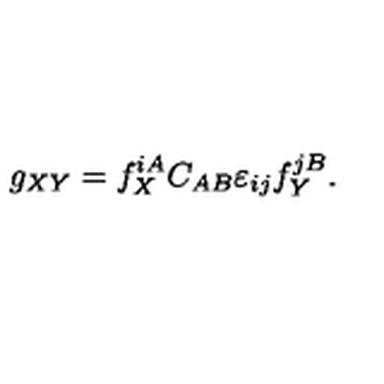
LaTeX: g _ { X Y } = f _ { X } ^ { i A } C _ { A B } \varepsilon _ { i j } f _ { Y } ^ { j B } .